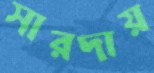
সারদায়